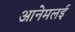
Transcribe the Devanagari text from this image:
आनेमलई